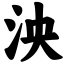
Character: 泱